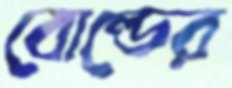
বোল্ডের